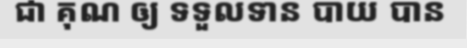
ជា គុណ ឲ្យ ទទួលទាន បាយ បាន